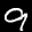
Label: 9